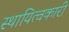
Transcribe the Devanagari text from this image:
स्थायित्वकारी